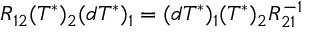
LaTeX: R _ { 1 2 } ( T ^ { * } ) _ { 2 } ( d T ^ { * } ) _ { 1 } = ( d T ^ { * } ) _ { 1 } ( T ^ { * } ) _ { 2 } R _ { 2 1 } ^ { - 1 }